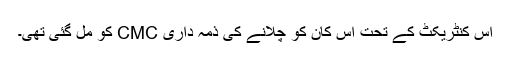
اس کنٹریکٹ کے تحت اس کان کو چلانے کی ذمہ داری CMC کو مل گئی تھی۔